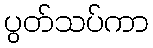
ပွတ်သပ်ကာ